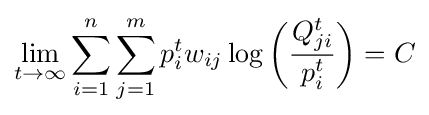
\lim _{t\to \infty }\sum _{i=1}^{n}\sum _{j=1}^{m}p_{i}^{t}w_{ij}\log \left({\dfrac {Q_{ji}^{t}}{p_{i}^{t}}}\right)=C